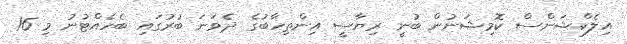
އިލެކްޝަންސް ކޮމިޝަނުން ބުނީ ރިޔާސީ އިންތިހާބުގެ ދެވަނަ ބުރުގައި ބެހެއްޓުނު މި 16